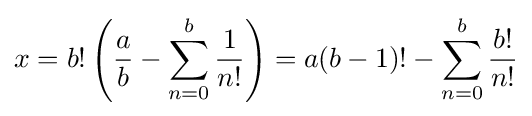
x=b!\left({\frac {a}{b}}-\sum _{n=0}^{b}{\frac {1}{n!}}\right)=a(b-1)!-\sum _{n=0}^{b}{\frac {b!}{n!}}